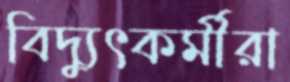
বিদ্যুৎকর্মীরা